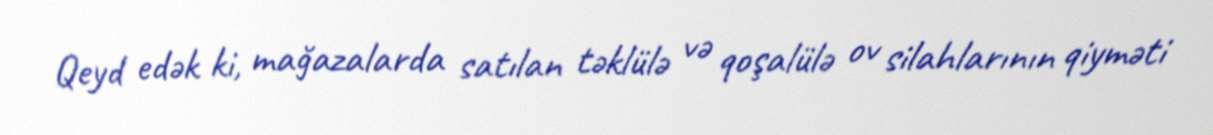
Qeyd edək ki, mağazalarda satılan təklülə və qoşalülə ov silahlarının qiyməti